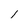
Character: 1